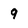
Character: 9